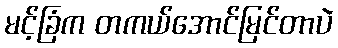
မင့်ခြံက တကယ်အောင်မြင်တာပဲ